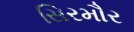
સિરમૌર